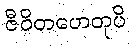
ဇီဝိတဟေတုပိ